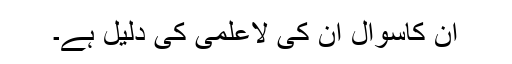
ان کاسوال ان کی لاعلمی کی دلیل ہے۔